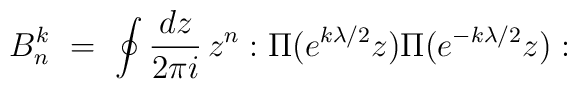
B^k_n \ =\ \oint{dz\over 2\pi i}\, z^n:\Pi (e^{k\lambda/2}z)\Pi(e^{-k\lambda/2}z):